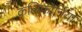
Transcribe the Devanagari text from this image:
कलिफोर्निया